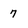
Character: 7